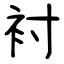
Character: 衬